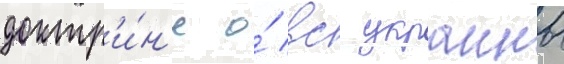
доктр'и́н'е о́ вс украины